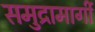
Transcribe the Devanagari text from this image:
समुद्रामार्गी